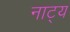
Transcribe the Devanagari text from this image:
नाट्य